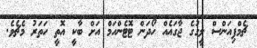
ޗެމްޕިއަންސް ލީގުގެ ޖާގައެއް ހޯދަން ޓޮޓެންހަމް އަށް ބާކީ އޮތީ ހަތަރު މެޗެވެ.